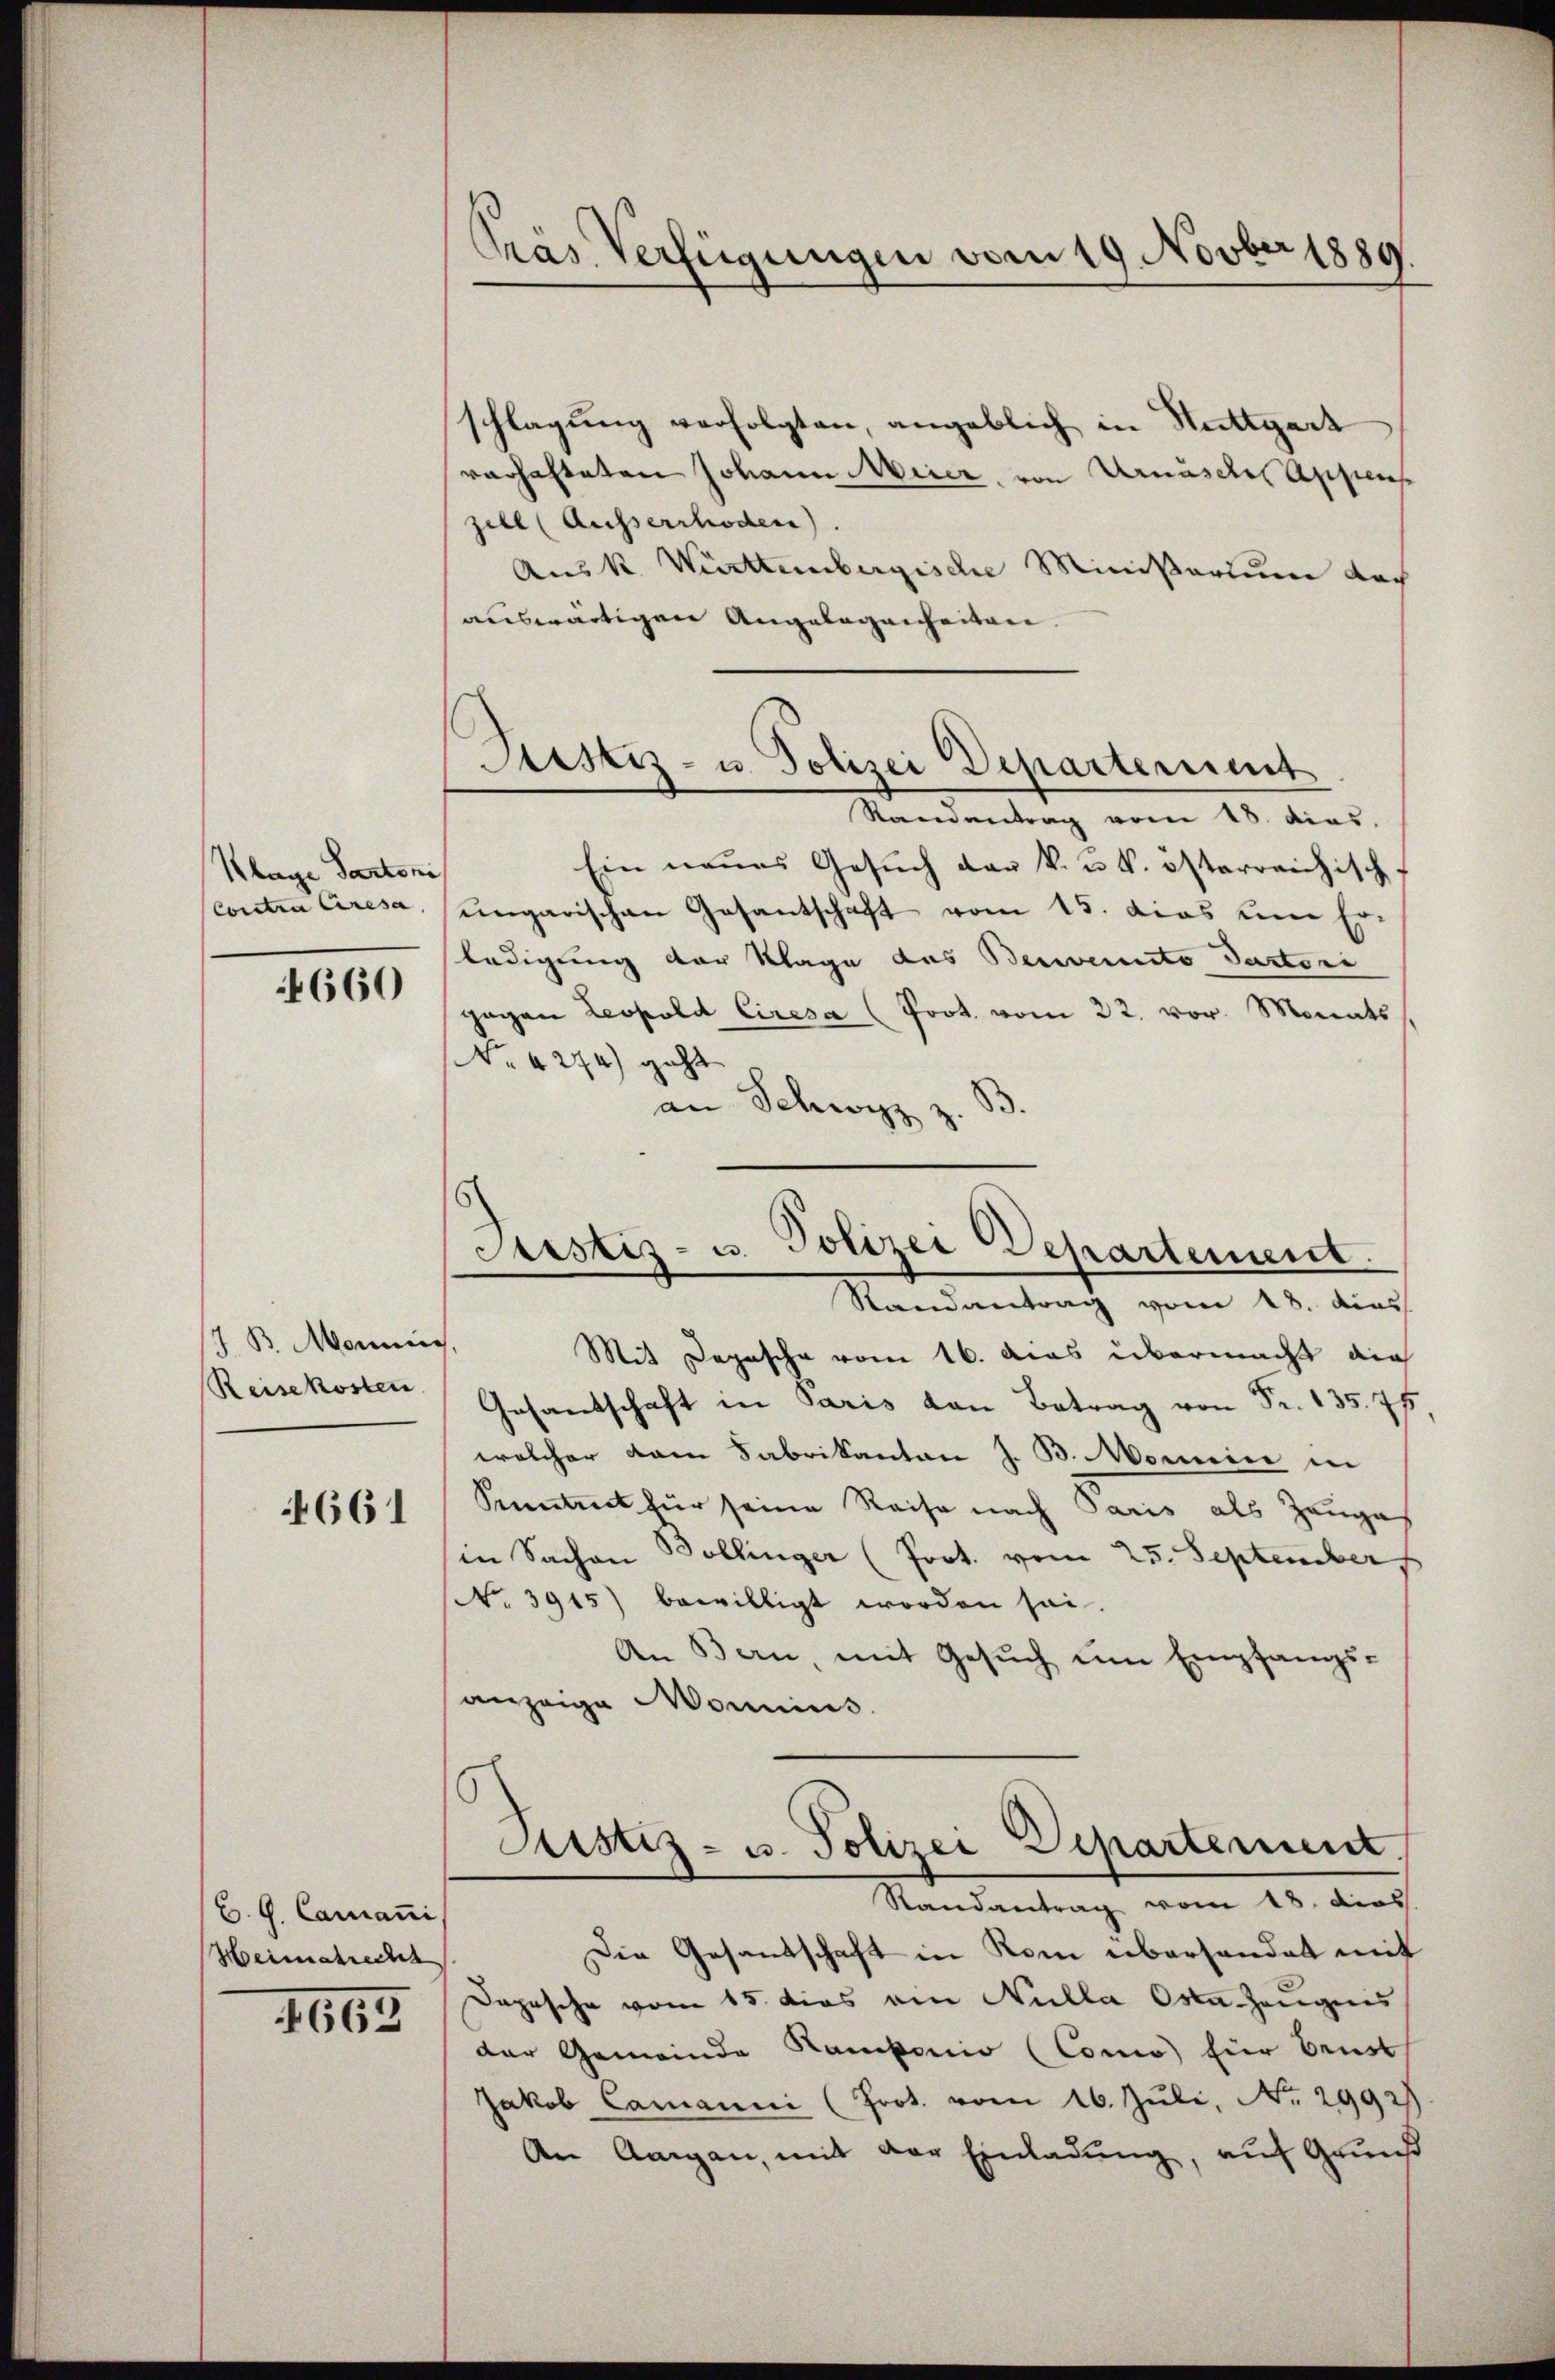
Klage Partoni
Conte Cresa

4660

/7. B. Monnig,
Reisekosten

4661

B. G. Camanni
Heimatrecht

1665

Pras Verfügungen vom 19. Novber 1889.

schlagung verfolgten, angeblich in Stuttgart
varhafteten Johann Meier, von Urnasche Appens
zell (Ausserrhoden).
Aus K. Württembergische Ministerium doch
auswärtigen Angelegenheiten.
Standenburg vom 18. dies
Ein neues Gesŭch der k. u. k. österreichisch.
ungarischen Gesantschaft vom 15. das um Er-
ledigung der Klage das Bernennte Pastori
gegen Leopold Ciresa (Prot. vom 22. vor. Monats
No. 4274) geht
an Schwyz z.
Mit Depesche vom 16. Das übermacht die
Gesamtschaft in Paris
welcher dem Fabrikanton J. B. Morice in
Sonntent für seine Reise nach Paris als Zeuges
in Sachen Bollinger (Prot. vom 25. September
No. 3915) bewilligt worden sei.
An Bern mit Gesuch um Empfangsanzeige Mannius.
Justiz- u. Polizei Departement.
Randantrag vom 18. dies
Die Gesandschaft in Rom überhandet mit
Dopische vom 15. dies am Nulla Orte Zeugnis
der Gemeinde Ramponio (Como für Beurt
Jakob Camanni (Prot. vom 16. Juli, No. 2992
An Aargau, mit der Einladung, auf Grunst

Justiz- u. Polizei Departement

Justiz- u. Polizei Departement.
Randantrag vom 18. dies